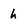
Character: h